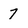
Character: 7